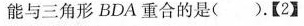
能与三角形BDA重合的是()。【2】